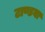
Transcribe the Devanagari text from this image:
टाण्डवा